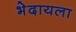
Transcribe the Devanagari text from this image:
भेदायला